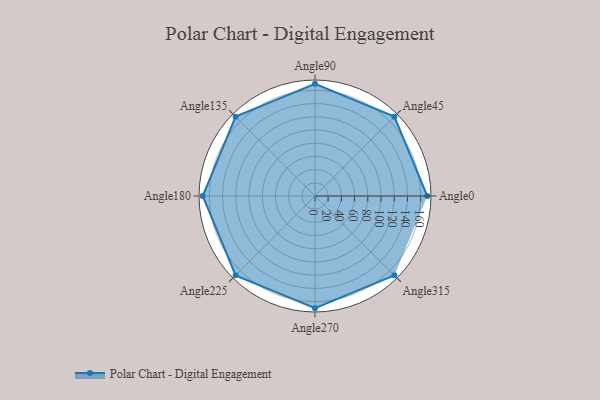
{"axis": {"x": "Angle", "y": "Radius"}, "legend": [""], "data": [{"x": "Angle0", "y": 170, "type": ""}, {"x": "Angle45", "y": 170, "type": ""}, {"x": "Angle90", "y": 170, "type": ""}, {"x": "Angle135", "y": 170, "type": ""}, {"x": "Angle180", "y": 170, "type": ""}, {"x": "Angle225", "y": 170, "type": ""}, {"x": "Angle270", "y": 170, "type": ""}, {"x": "Angle315", "y": 170, "type": ""}]}